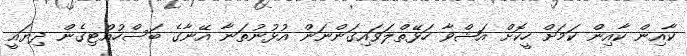
ކާއިން ކާއިން ކަމަށް ހީކޮށް އަޝްވާ ހަޅޭތްލަވައިގަންނަން އުޅުނުތަނާ އޭނާގެ ބަސްހުއްޓިގެން ދިޔައީ